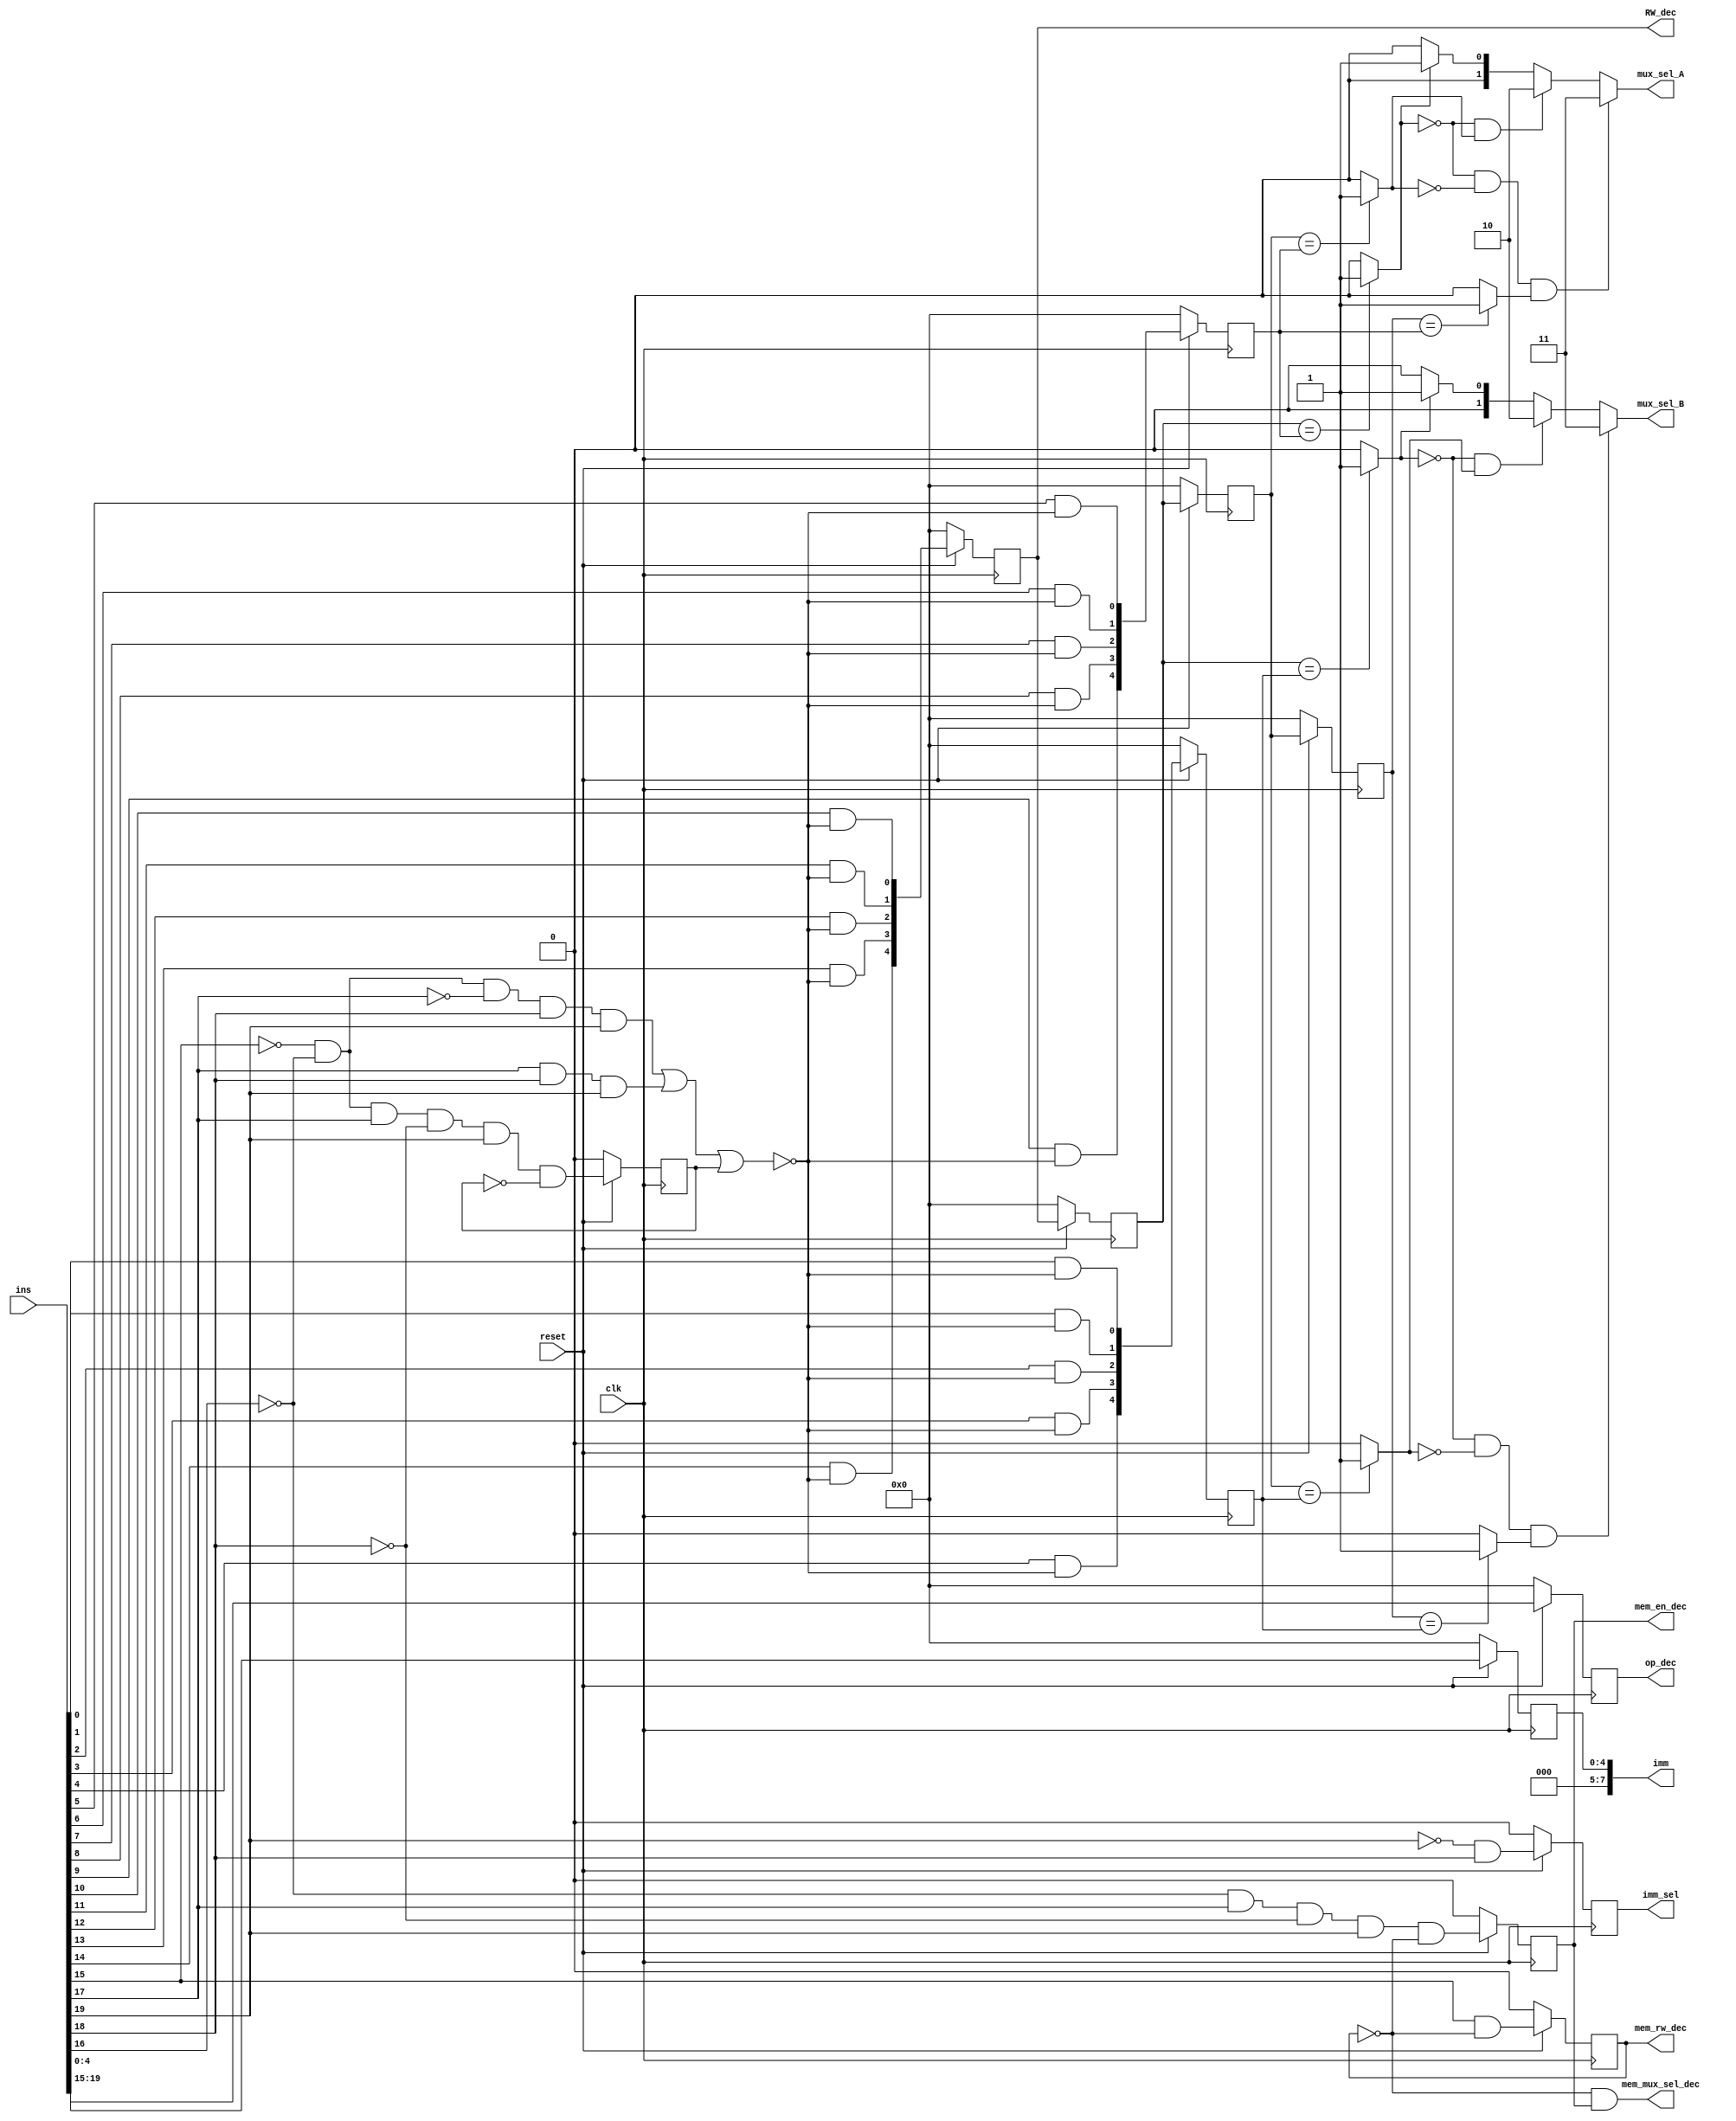
`timescale 1ns / 1ps
//////////////////////////////////////////////////////////////////////////////////
// Group:09 IntelJr 
// Name: Chintan,Adit,Jay Mohta
// 
// Design Name: 
// Module Name:    Dependency_check 
//Revision: 
// Revision 0.01 - File Created
// Additional Comments: 
//
//////////////////////////////////////////////////////////////////////////////////


module Dependency_check(mux_sel_A,mux_sel_B,imm_sel,imm,mem_en_dec,mem_rw_dec,mem_mux_sel_dec,RW_dec,op_dec,ins,clk,reset);

output [1:0]mux_sel_A,mux_sel_B;
output imm_sel;
output [7:0]imm;
output mem_en_dec,mem_rw_dec,mem_mux_sel_dec;
output [4:0]RW_dec,op_dec;
input [19:0]ins;
input clk,reset;
wire temp0,temp1,temp2,temp3,temp4;
wire And_ld,And_imm,And2,And3,And4,And5,And6,And7,knor1;
wire [14:0]And1;
//wire [14:0]extended;
wire [4:0]temp;
reg [4:0]op_dec;
//reg [14:0]extended;
reg Q_temp1,Q_temp2,Q_temp3; 
reg imm_sel;
wire [4:0]i_temp1;
//wire [4:0]i_temp2;
//wire [4:0]i_temp3;
reg [4:0]R1,R2,R3,R4,R5,R6;
//reg [7:0]Imm;
wire C1,C2,C3,C4,C5,C6;
wire [4:0]A1_temp1,A1_temp2,A1_temp3;
wire A1,A2,A3,A4;
reg [4:0]ins_temp;
//temporary variables for resetting 
wire temp_Q_temp1;
wire [4:0]temp_op_dec,temp_R1,temp_R2,temp_R3,temp_R4,temp_R5,temp_R6;
wire temp_imm_sel;
wire temp_Q_temp3;	
wire [4:0]temp_ins_temp;


assign temp=ins[19:15];
assign i_temp1=ins[4:0];
//assign i_temp2[4:0]=ins[9:5];
//assign i_temp3[4:0]=ins[14:10];

assign temp0 = ins[15];					//temporary variables storing bits of ins
assign temp1 = ins[16];
assign temp2 = ins[17];
assign temp3 = ins[18];
assign temp4 = ins[19];

	assign temp_op_dec=(reset == 1'b1 )?temp:5'b0;
	
	/*always@(posedge clk)
begin
		op_dec <= temp_op_dec;
		Q_temp1<=temp_Q_temp1;
		imm_sel<=temp_imm_sel;
		Q_temp2<=temp_Q_temp2;
		Q_temp3<=temp_Q_temp3;
		ins_temp <= temp_i_temp1;
		R1 <= temp_R1;
		R2 <= temp_R2;
		R3 <= temp_R3;
		R4 <= temp_R4;
		R5 <= temp_R5;
		R6 <= temp_R6;
	
	end
	*/
	assign And_ld=((~temp1)&temp2&(~temp3)&temp4);
	assign And_imm=((~temp4)&temp3);
	assign And2=((~temp0)&(~temp1)&(~temp2)&(temp3)&(temp4));
	assign And3=((temp2)&(temp3)&(temp4));
	assign And4=((~temp0)&(~temp1)&(temp2)&(~temp3)&(temp4)&(~Q_temp1));
	
	
	assign temp_Q_temp1=(reset == 1'b1 )?And4:1'b0;
//	always@(posedge clk)						//D-Flipflop for load type instruction creating a delay of one  cycle

//	begin
//		Q_temp1<=temp_Q_temp1;
	//end

	assign knor1=(~(And2|And3|Q_temp1));
	
	//always @( posedge clk ) 
	//begin
    //extended[14:0] <= { 14'b0,knor1 };
	//end
	
	assign And1[0]=(ins[0]&knor1);
	assign And1[1]=(ins[1]&knor1);
	assign And1[2]=(ins[2]&knor1);
	assign And1[3]=(ins[3]&knor1);
	assign And1[4]=(ins[4]&knor1);
	assign And1[5]=(ins[5]&knor1);
	assign And1[6]=(ins[6]&knor1);
	assign And1[7]=(ins[7]&knor1);
	assign And1[8]=(ins[8]&knor1);
	assign And1[9]=(ins[9]&knor1);
	assign And1[10]=(ins[10]&knor1);
	assign And1[11]=(ins[11]&knor1);
	assign And1[12]=(ins[12]&knor1);
	assign And1[13]=(ins[13]&knor1);
	assign And1[14]=(ins[14]&knor1);


//assign And1[0]=(ins[0]&knor1);

	
	//assign And1[14:0]=(extended[14:0]&ins[14:0]);
	
	
	assign A1_temp1=And1[4:0];
	assign A1_temp2=And1[9:5];
	assign A1_temp3=And1[14:10];
	
	assign temp_imm_sel=(reset == 1'b1 )?And_imm:1'b0;
	
	//always@(posedge clk)						//D-Flipflop for 

	//begin
		//imm_sel<=temp_imm_sel;
	//end

	
	assign And5=(temp0&(~Q_temp2));
	wire temp_Q_temp2;
	assign temp_Q_temp2=(reset == 1'b1 )?And5:1'b0;
	
	//always@(posedge clk)						//D-Flipflop 

	//begin
		//Q_temp2<=temp_Q_temp2;
	//end

assign mem_rw_dec=Q_temp2;

assign And6=(And_ld&(~Q_temp2));

	assign temp_Q_temp3=(reset == 1'b1 )?And6:1'b0;
	
//	always@(posedge clk)						//D-Flipflop for load type 

	//begin
	//Q_temp3<=temp_Q_temp3;
//end

	assign And7=((~Q_temp2)&Q_temp3);
	assign mem_mux_sel_dec=And7;
	assign mem_en_dec=Q_temp3;
	
	//assign ins_temp[7:0]={4'b0000,i_temp1[4:0]};
	
	//assign ins_temp[7:5]=3'b000;
	//assign ins_temp[4:0]=i_temp1[4:0];
	
	assign temp_ins_temp[4:0]=(reset == 1'b1 )?i_temp1[4:0]:5'b0;
	/*always@(posedge clk)
	begin
		ins_temp <= temp_i_temp1;
	end
	*/
	//And1=([14:0]&extended[14:0]);
	assign imm[7:0]={3'b000,ins_temp[4:0]};
		
	assign temp_R1[4:0]=(reset == 1'b1 )?A1_temp2[4:0]:5'b0;
	assign temp_R2[4:0]=(reset == 1'b1 )?A1_temp3[4:0]:5'b0;
	assign temp_R3[4:0]=(reset == 1'b1 )?R2[4:0]:5'b0;
	assign temp_R4[4:0]=(reset == 1'b1 )?R3[4:0]:5'b0;
	assign temp_R5[4:0]=(reset == 1'b1 )?R4[4:0]:5'b0;
	assign temp_R6[4:0]=(reset == 1'b1 )?A1_temp1[4:0]:5'b0;
	
	assign RW_dec[4:0]=R2;//actually down

	
	/*always@(posedge clk)
begin
		R1 <= temp_R1;
		R2 <= temp_R2;
		R3 <= temp_R3[4:0];
		R4 <= temp_R4[4:0];
		R5 <= temp_R5[4:0];
		R6 <= temp_R6[4:0];
	end
*/
	always@(posedge clk)
	begin
		op_dec <= temp_op_dec;
		Q_temp1<=temp_Q_temp1;
		imm_sel<=temp_imm_sel;
		Q_temp2<=temp_Q_temp2;
		Q_temp3<=temp_Q_temp3;
		ins_temp <= temp_ins_temp;
		R1 <= temp_R1;
		R2 <= temp_R2;
		R3 <= temp_R3;
		R4 <= temp_R4;
		R5 <= temp_R5;
		R6 <= temp_R6;
	
	end


assign C1= (R3==R1)?1'b1:1'b0;
assign C2= (R4==R1)?1'b1:1'b0;
assign C3= (R5==R1)?1'b1:1'b0;
assign C4= (R3==R6)?1'b1:1'b0;
assign C5= (R4==R6)?1'b1:1'b0;
assign C6= (R5==R6)?1'b1:1'b0;

assign A1=((~C1)&C2);
assign A2=((~C1)&(~C2)&C3);
assign A3=((~C4)&C5);
assign A4=((~C4)&(~C5)&C6);

assign mux_sel_A = ((A2==1)?2'b11:((A1==1)?2'b10:((C1==1)?2'b01:2'b00)));
assign mux_sel_B = ((A4==1)?2'b11:((A3==1)?2'b10:((C4==1)?2'b01:2'b00)));



endmodule